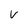
Character: V